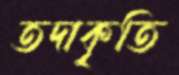
তদাকৃতি